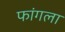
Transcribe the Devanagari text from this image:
फांगला